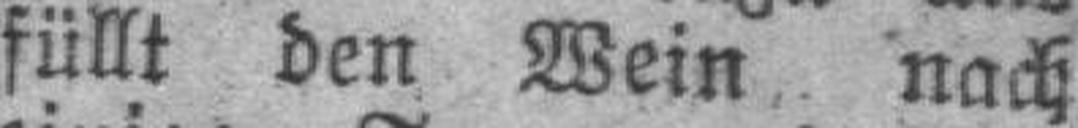
füllt den Wein nach